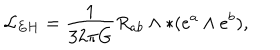
LaTeX: { \cal L } _ { E H } = \frac { 1 } { 3 2 \pi G } R _ { a b } \wedge \ast ( e ^ { a } \wedge e ^ { b } ) ,